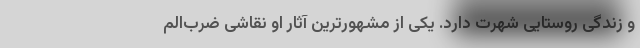
و زندگی روستایی شهرت دارد. یکی از مشهورترین آثار او نقاشی ضرب‌الم